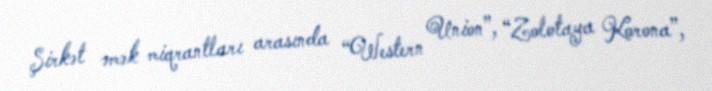
Şirkət əmək miqrantları arasında “Western Union”, “Zolotaya Korona”,